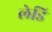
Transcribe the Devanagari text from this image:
लेडि